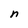
Character: n